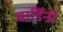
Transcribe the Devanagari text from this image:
बार्डिनी